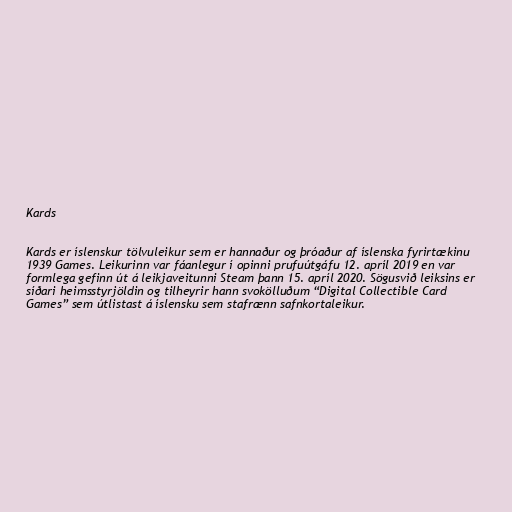
Kards

Kards er íslenskur tölvuleikur sem er hannaður og þróaður af íslenska fyrirtækinu
1939 Games. Leikurinn var fáanlegur í opinni prufuútgáfu 12. apríl 2019 en var
formlega gefinn út á leikjaveitunni Steam þann 15. apríl 2020. Sögusvið leiksins er
síðari heimsstyrjöldin og tilheyrir hann svokölluðum “Digital Collectible Card
Games” sem útlistast á íslensku sem stafrænn safnkortaleikur.